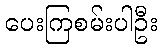
ပေးကြစမ်းပါဦး